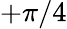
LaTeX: +\pi/4